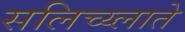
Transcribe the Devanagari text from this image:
सलिच्य्लाते